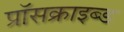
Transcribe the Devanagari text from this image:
प्रॉसक्राइब्ड